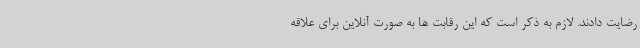
رضایت دادند. لازم به ذکر است که این رقابت ها به صورت آنلاین برای علاقه